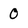
Character: 0